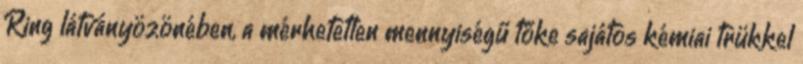
Ring látványözönében, a mérhetetlen mennyiségű tőke sajátos kémiai trükkel